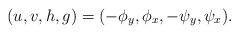
LaTeX: \begin{align*} (u,v,h,g)=(-\phi_y,\phi_x,-\psi_y,\psi_x).\end{align*}